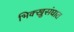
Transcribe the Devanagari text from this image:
भिक्खुसंघात